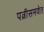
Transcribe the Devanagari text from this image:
पत्नीसमवेत